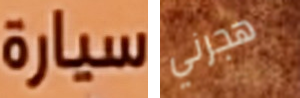
سيارة هجرني